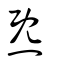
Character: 炁